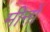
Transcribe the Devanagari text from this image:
मीनों